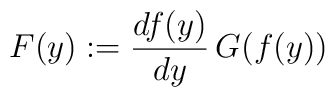
F(y):=\frac{df(y)}{dy}\,G(f(y))